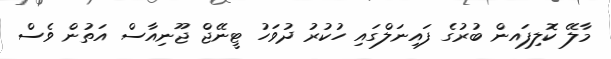
މާލޭ ކޮލިފައން ބުރުގެ ފައިނަލްގައި ހުކުރު ދުވަހު ޓީނޭޖް ޖޫނިއާސް އަތުން ވެސް